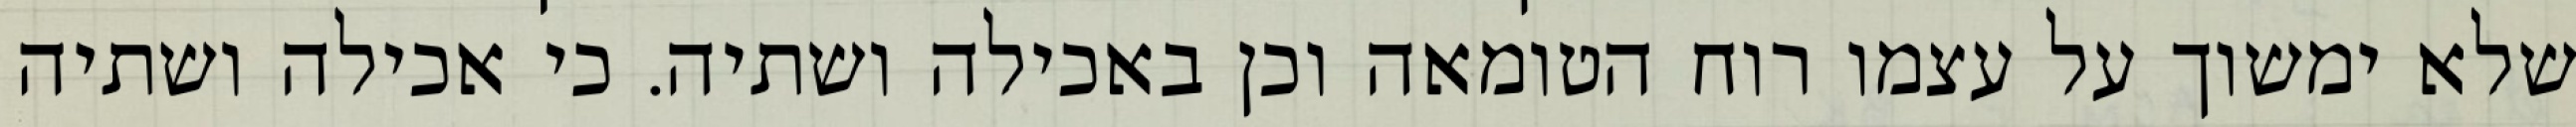
שלא ימשוך על עצמו רוח הטומאה וכן באכילה ושתיה. כי אכילה ושתיה